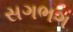
સગભગ